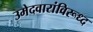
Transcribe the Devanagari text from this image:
उमेदवारांविरूध्द